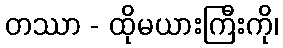
တဿာ - ထိုမယားကြီးကို၊